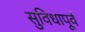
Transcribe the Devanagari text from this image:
सुविधापूर्व